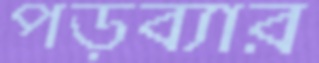
পড়ব্যার